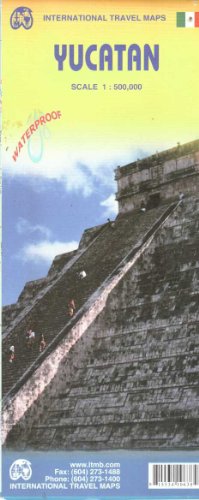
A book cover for Yucatan 1:500,000 Regional Travel .Map (International Travel Regional Maps: Yucatan); ITM Canada; Travel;